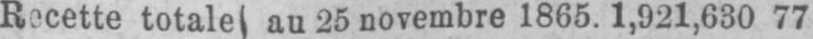
Recette totale au 25 novembre 1865. 1,921,630 77